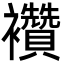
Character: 襸